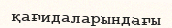
қағидаларындағы